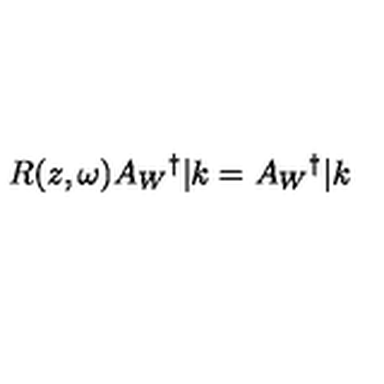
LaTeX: R ( z , \omega ) A _ { W } { } ^ { \dag } | k = A _ { W } { } ^ { \dag } | k